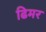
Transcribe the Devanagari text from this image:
ढिमर